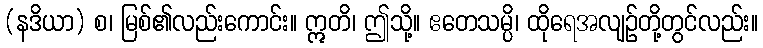
(နဒိယာ) စ၊ မြစ်၏လည်းကောင်း။ ဣတိ၊ ဤသို့။ ဧတေသမ္ပိ၊ ထိုရေအလျဉ်တို့တွင်လည်း။